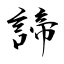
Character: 諦